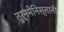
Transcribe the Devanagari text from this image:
तुर्नमेनिस्तानी